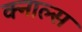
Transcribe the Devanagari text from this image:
क्नाल्स